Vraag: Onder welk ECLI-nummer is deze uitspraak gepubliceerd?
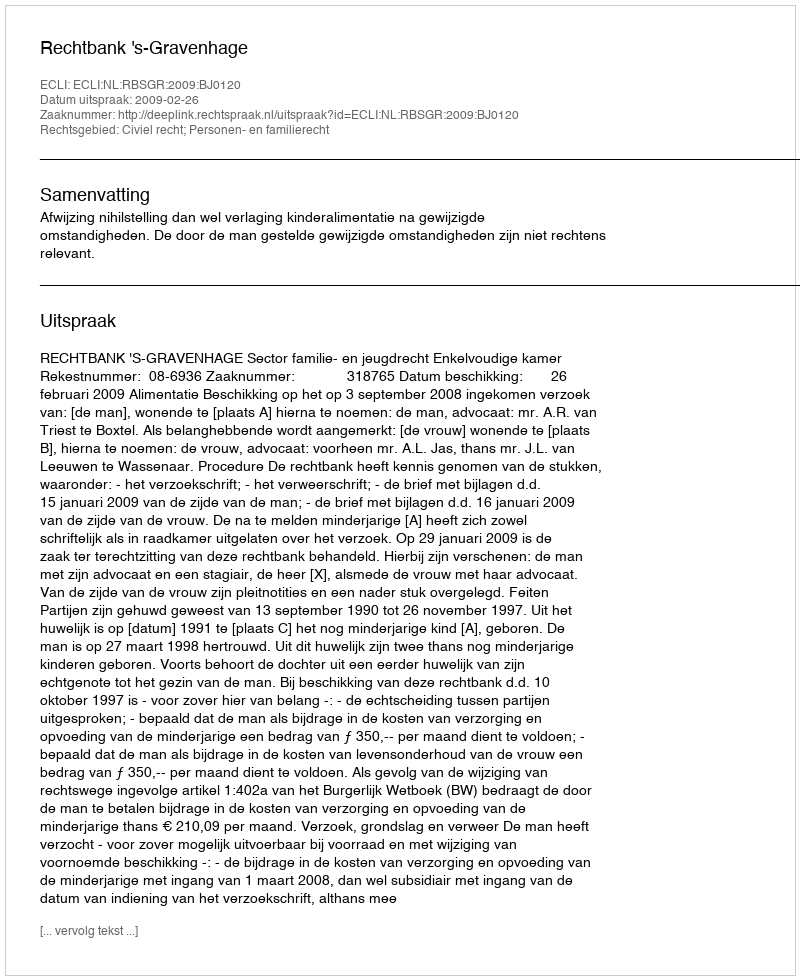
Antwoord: ECLI:NL:RBSGR:2009:BJ0120